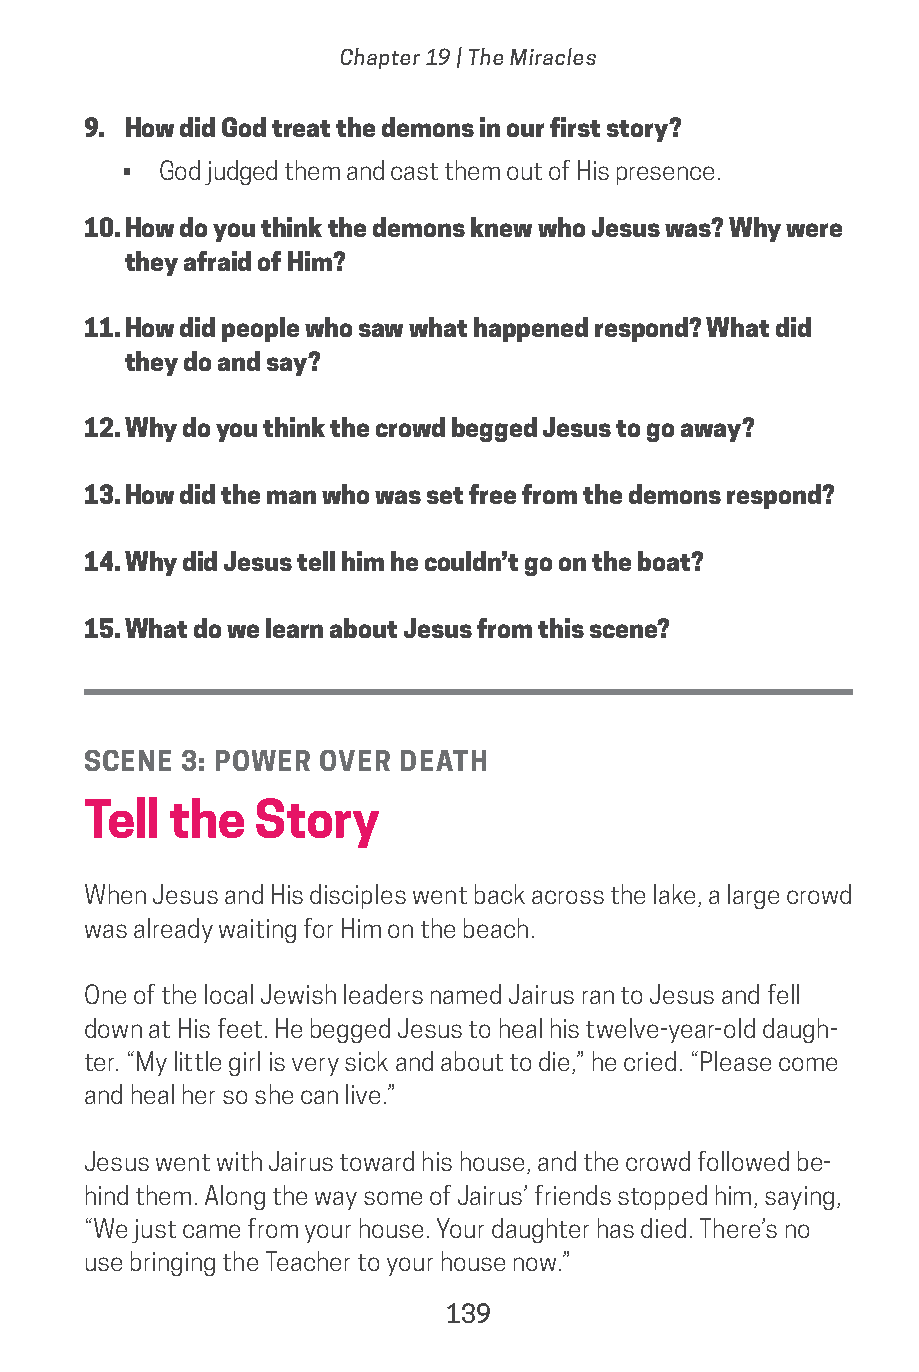
Chapter 19 | The Miracles
 9. How did God treat the demons in our first story?
 • God judged them and cast them out of His presence.
 10. How do you think the demons knew who Jesus was? Why were
 they afraid of Him?
 11. How did people who saw what happened respond? What did
 they do and say?
 12. Why do you think the crowd begged Jesus to go away?
 13. How did the man who was set free from the demons respond?
 14. Why did Jesus tell him he couldn’t go on the boat?
 15. What do we learn about Jesus from this scene?
 SCENE  3: POWER OVER DEATH
 Tell  the  Story
 When Jesus and His disciples went back across the lake, a large crowd
 was already waiting for Him on the beach.
 One of the local Jewish leaders named Jairus ran to Jesus and fell
 down at His feet. He begged Jesus to heal his twelve-year-old daugh-
 ter. “My little girl is very sick and about to die,” he cried. “Please come
 and heal her so she can live.”
 Jesus went with Jairus toward his house, and the crowd followed be-
 hind them. Along the way some of Jairus’ friends stopped him, saying,
 “We just came from your house. Your daughter has died. There’s no
 use bringing the Teacher to your house now.”
 139
 saturate-story_of_god_kids-2.indd 139             8/10/17 10:11 PM